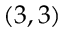
( 3 , 3 )